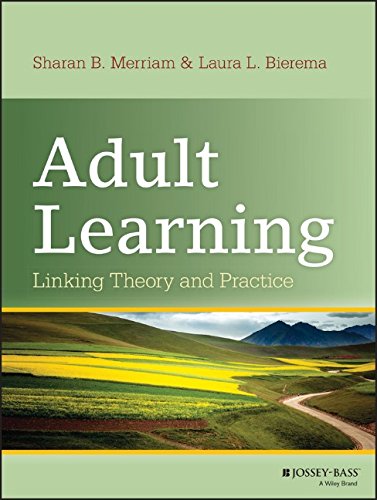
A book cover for Adult Learning: Linking Theory and Practice; Sharan B. Merriam; Education & Teaching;